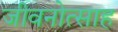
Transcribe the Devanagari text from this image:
जीवनोत्साह